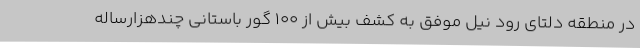
در منطقه دلتای رود نیل موفق به کشف بیش از ۱۰۰ گور باستانی چندهزارساله